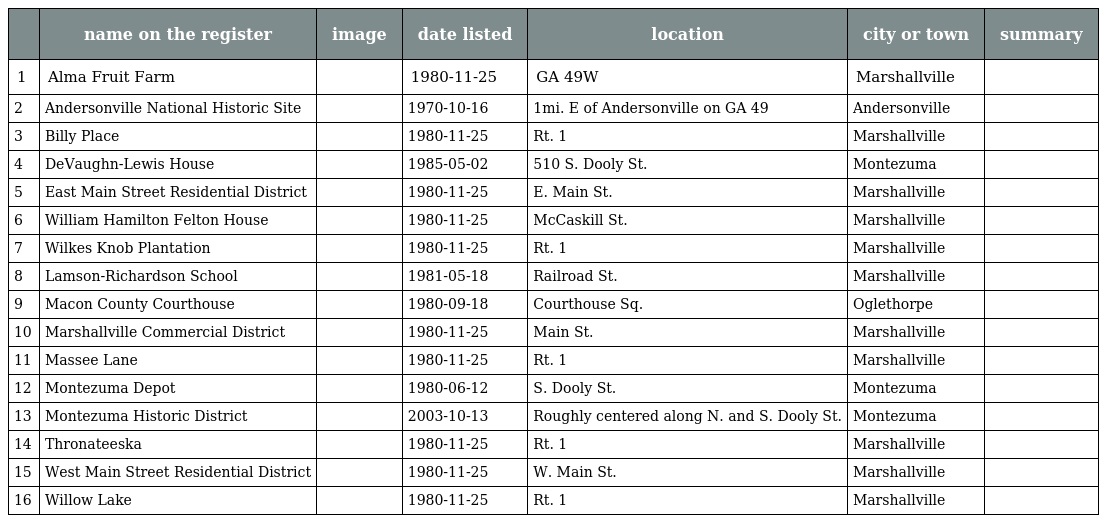
|  | name on the register | image | date listed | location | city or town | summary |
 | --- | --- | --- | --- | --- | --- | --- |
 | 1 | Alma Fruit Farm |  | 1980-11-25 | GA 49W | Marshallville |  |
 | 2 | Andersonville National Historic Site |  | 1970-10-16 | 1mi. E of Andersonville on GA 49 | Andersonville |  |
 | 3 | Billy Place |  | 1980-11-25 | Rt. 1 | Marshallville |  |
 | 4 | DeVaughn-Lewis House |  | 1985-05-02 | 510 S. Dooly St. | Montezuma |  |
 | 5 | East Main Street Residential District |  | 1980-11-25 | E. Main St. | Marshallville |  |
 | 6 | William Hamilton Felton House |  | 1980-11-25 | McCaskill St. | Marshallville |  |
 | 7 | Wilkes Knob Plantation |  | 1980-11-25 | Rt. 1 | Marshallville |  |
 | 8 | Lamson-Richardson School |  | 1981-05-18 | Railroad St. | Marshallville |  |
 | 9 | Macon County Courthouse |  | 1980-09-18 | Courthouse Sq. | Oglethorpe |  |
 | 10 | Marshallville Commercial District |  | 1980-11-25 | Main St. | Marshallville |  |
 | 11 | Massee Lane |  | 1980-11-25 | Rt. 1 | Marshallville |  |
 | 12 | Montezuma Depot |  | 1980-06-12 | S. Dooly St. | Montezuma |  |
 | 13 | Montezuma Historic District |  | 2003-10-13 | Roughly centered along N. and S. Dooly St. | Montezuma |  |
 | 14 | Thronateeska |  | 1980-11-25 | Rt. 1 | Marshallville |  |
 | 15 | West Main Street Residential District |  | 1980-11-25 | W. Main St. | Marshallville |  |
 | 16 | Willow Lake |  | 1980-11-25 | Rt. 1 | Marshallville |  |